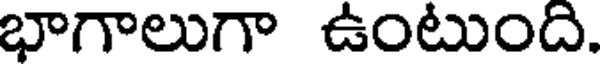
భాగాలుగా ఉంటుంది.